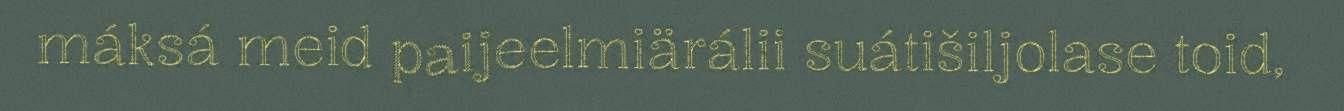
máksá meid paijeelmiärálii suátišiljolase toid,